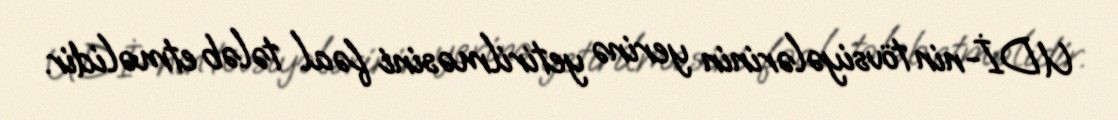
UDİ-nin tövsiyələrinin yerinə yetirilməsini fəal tələb etməlidir.